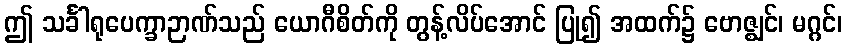
ဤ သင်္ခါရုပေက္ခာဉာဏ်သည် ယောဂီစိတ်ကို တွန့်လိပ်အောင် ပြု၍ အထက်၌ ဗောဇ္ဈင်၊ မဂ္ဂင်၊